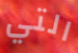
التي